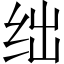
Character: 绌